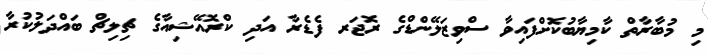
މި މުބާރާތް ކާމިޔާބުކޮށްފައިވާ ސްވިޒަލޭންޑްގެ ރޮޖަރ ފެޑެރާ އަދި ކްރޮއޭޝިއާގެ ޗިލިޗް ބައްދަލުކުރާ